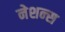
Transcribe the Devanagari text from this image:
नेशन्‍स